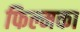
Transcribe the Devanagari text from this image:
फिल्मका